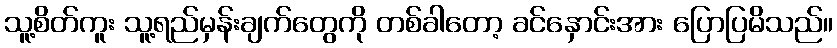
သူ့စိတ်ကူး သူ့ရည်မှန်းချက်တွေကို တစ်ခါတော့ ခင်နှောင်းအား ပြောပြမိသည်။